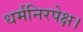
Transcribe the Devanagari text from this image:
धर्मनिरपेक्ष।